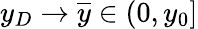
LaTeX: y_{D}\to\overline{y}\in(0,y_{0}]